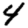
Digit: 4